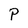
Character: P